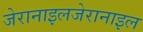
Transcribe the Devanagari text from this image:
जेरानाइलजेरानाइल